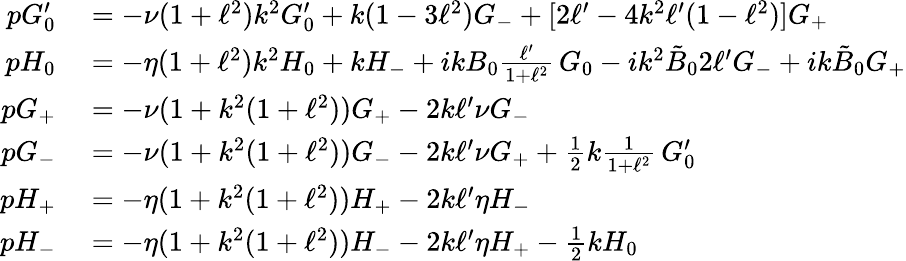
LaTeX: \begin{array}{rl}{pG_{0}^{\prime}}&{{}=-\nu(1+\ell^{2})k^{2}G_{0}^{\prime}+{k}(1-3\ell^{2})G_{-}+[2\ell^{\prime}-4k^{2}\ell^{\prime}(1-\ell^{2})]G_{+}}\\ {pH_{0}}&{{}=-\eta(1+\ell^{2})k^{2}H_{0}+kH_{-}+ikB_{0}\frac{\ell^{\prime}}{1+\ell^{2}}\, G_{0}-ik^{2}\tilde{B}_{0}2\ell^{\prime}G_{-}+ik\tilde{B}_{0}G_{+}}\\ {pG_{+}}&{{}=-\nu(1+k^{2}(1+\ell^{2}))G_{+}-2k\ell^{\prime}\nu G_{-}}\\ {pG_{-}}&{{}=-\nu(1+k^{2}(1+\ell^{2}))G_{-}-2k\ell^{\prime}\nu G_{+}+\frac{1}{2}k\frac{1}{1+\ell^{2}}\, G_{0}^{\prime}}\\ {pH_{+}}&{{}=-\eta(1+k^{2}(1+\ell^{2}))H_{+}-2k\ell^{\prime}\eta H_{-}}\\ {pH_{-}}&{{}=-\eta(1+k^{2}(1+\ell^{2}))H_{-}-2k\ell^{\prime}\eta H_{+}-\frac{1}{2}kH_{0}}\end{array}